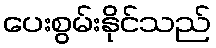
ပေးစွမ်းနိုင်သည်